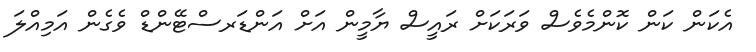
އެކަން ކަން ކޮންމެވެސް ވަރަކަށް ރައީސް ޔާމީން އަށް އަންޑަރސްޓޭންޑް ވެގެން އަމިއްލަ